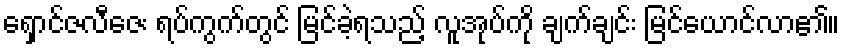
ရှောင်ဇလီဇေး ရပ်ကွက်တွင် မြင်ခဲ့ရသည့် လူအုပ်ကို ချက်ချင်း မြင်ယောင်လာ၏။